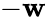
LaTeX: -\mathbf{w}